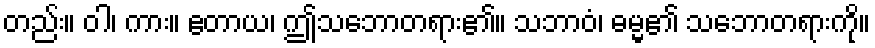
တည်း။ ဝါ၊ ကား။ ဧတာယ၊ ဤသဘောတရား၏။ သဘာဝံ၊ ဓမ္မ၏ သဘောတရားကို။